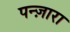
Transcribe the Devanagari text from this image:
पन्ज़ारा